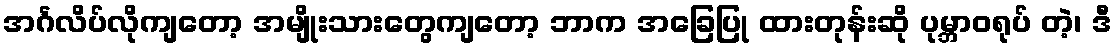
အင်္ဂလိပ်လိုကျတော့ အမျိုးသားတွေကျတော့ ဘာက အခြေပြု ထားတုန်းဆို ပုမ္ဘာဝရုပ် တဲ့၊ ဒီ